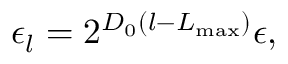
\epsilon _ { l } = 2 ^ { D _ { 0 } \left( l - L _ { \operatorname* { m a x } } \right) } \epsilon ,